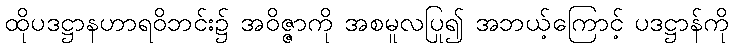
ထိုပဒဋ္ဌာနဟာရဝိဘင်း၌ အဝိဇ္ဇာကို အစမူလပြု၍ အဘယ့်ကြောင့် ပဒဋ္ဌာန်ကို